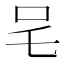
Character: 𭆿